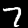
Label: 7